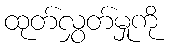
ထုတ်လွှတ်မှုကို